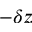
- \delta z